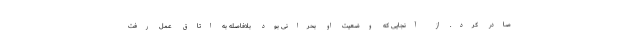
صادر کرد. از آنجایی که وضعیت او بحرانی بود بلافاصله به اتاق عمل رفت